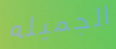
الجميله